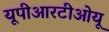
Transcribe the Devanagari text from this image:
यूपीआरटीओयू